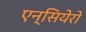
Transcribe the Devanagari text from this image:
एन्सियेरो